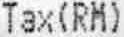
TAX(RM)